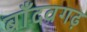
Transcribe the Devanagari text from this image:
बाँदवगढ़